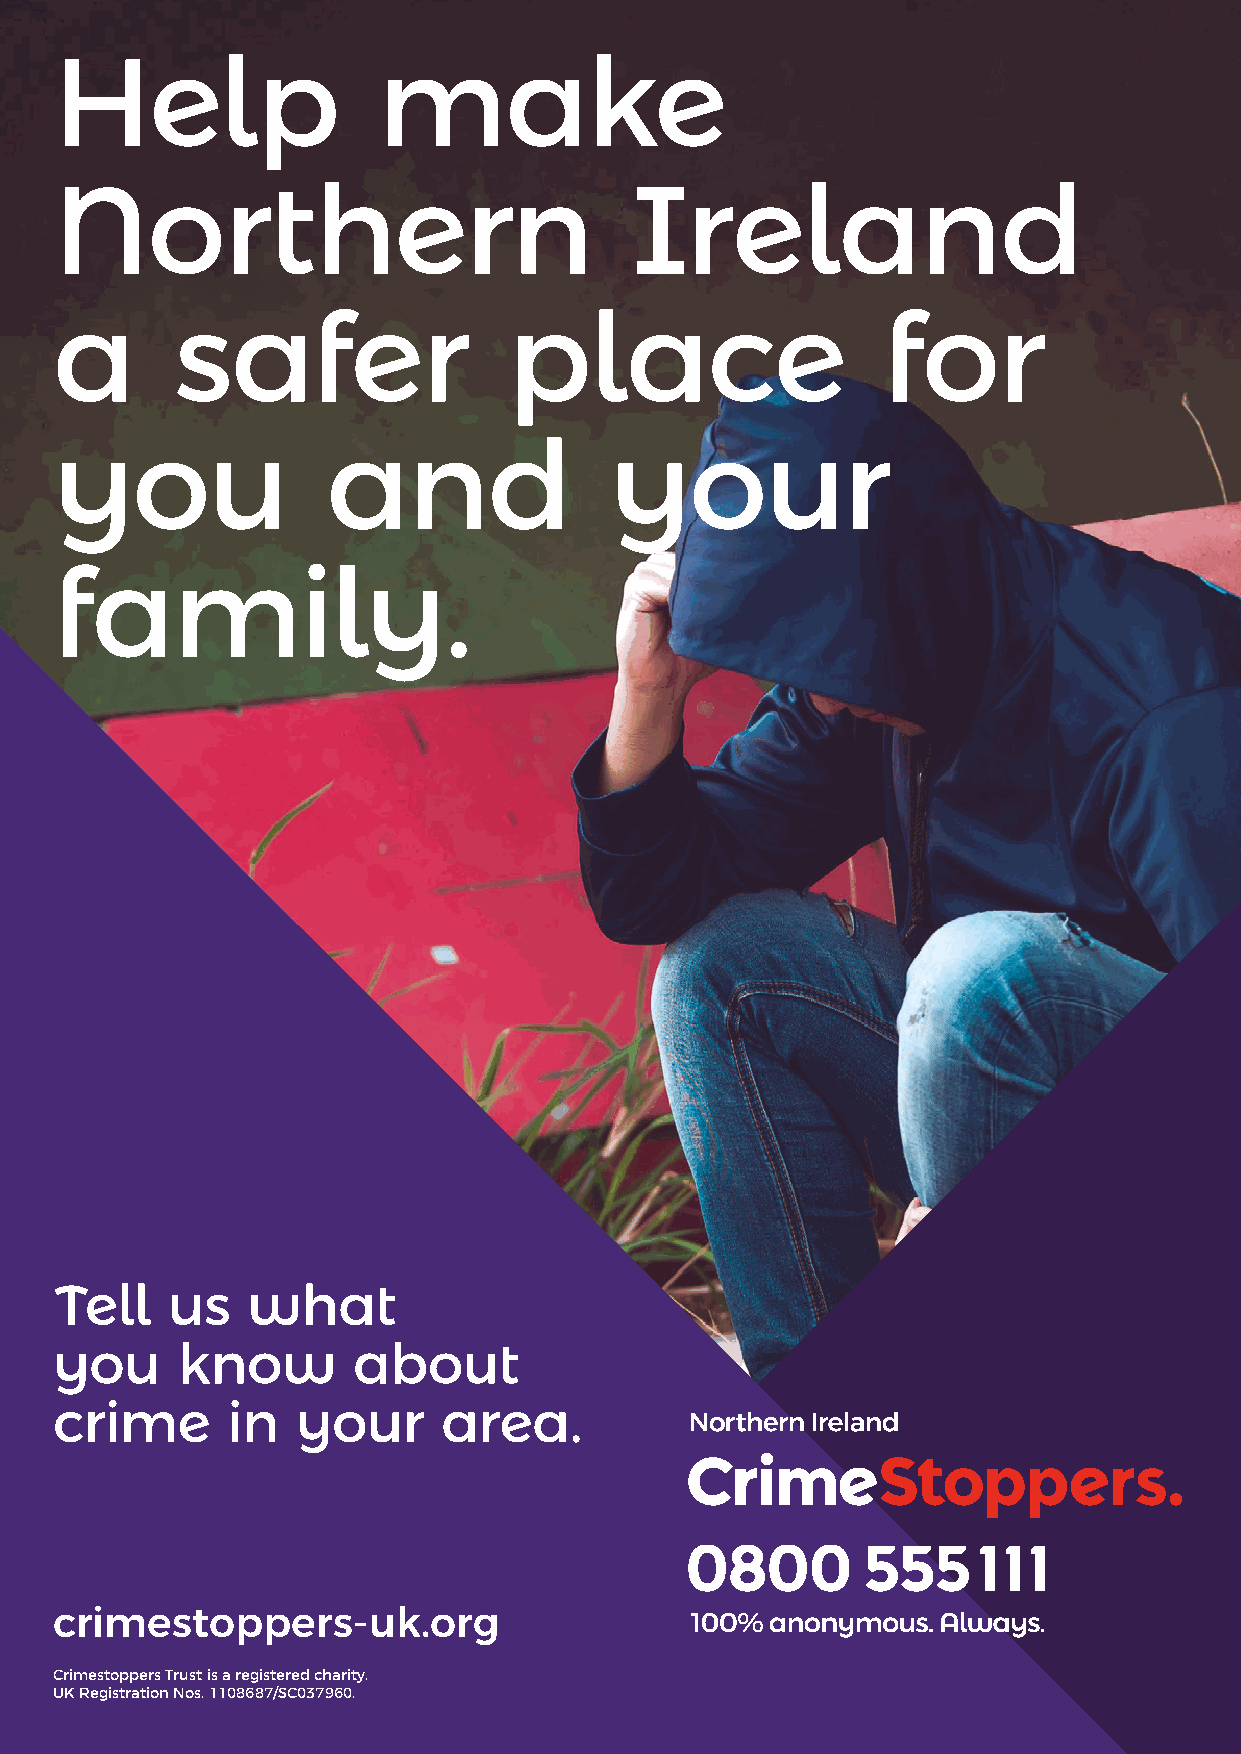
Help                 make
 Northern                              Ireland
 a       safer                 place                   for
 you               and               your
 family.
 Tell   us   what
 you     know       about
 crime      in   your     area.
 crimestoppers-uk.org
 Crimestoppers Trust is a registered charity.
 UK Registration Nos. 1108687/SC037960.